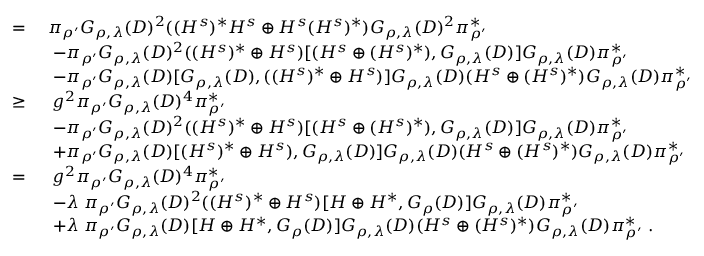
\begin{array} { r l } { \; = \; } & { \pi _ { \rho ^ { \prime } } G _ { \rho , \lambda } ( D ) ^ { 2 } ( ( H ^ { s } ) ^ { * } H ^ { s } \oplus H ^ { s } ( H ^ { s } ) ^ { * } ) G _ { \rho , \lambda } ( D ) ^ { 2 } \pi _ { \rho ^ { \prime } } ^ { * } } \\ & { \; - \pi _ { \rho ^ { \prime } } G _ { \rho , \lambda } ( D ) ^ { 2 } ( ( H ^ { s } ) ^ { * } \oplus H ^ { s } ) [ ( H ^ { s } \oplus ( H ^ { s } ) ^ { * } ) , G _ { \rho , \lambda } ( D ) ] G _ { \rho , \lambda } ( D ) \pi _ { \rho ^ { \prime } } ^ { * } } \\ & { \; - \pi _ { \rho ^ { \prime } } G _ { \rho , \lambda } ( D ) [ G _ { \rho , \lambda } ( D ) , ( ( H ^ { s } ) ^ { * } \oplus H ^ { s } ) ] G _ { \rho , \lambda } ( D ) ( H ^ { s } \oplus ( H ^ { s } ) ^ { * } ) G _ { \rho , \lambda } ( D ) \pi _ { \rho ^ { \prime } } ^ { * } } \\ { \geq \; } & { \; g ^ { 2 } \pi _ { \rho ^ { \prime } } G _ { \rho , \lambda } ( D ) ^ { 4 } \pi _ { \rho ^ { \prime } } ^ { * } } \\ & { \; - \pi _ { \rho ^ { \prime } } G _ { \rho , \lambda } ( D ) ^ { 2 } ( ( H ^ { s } ) ^ { * } \oplus H ^ { s } ) [ ( H ^ { s } \oplus ( H ^ { s } ) ^ { * } ) , G _ { \rho , \lambda } ( D ) ] G _ { \rho , \lambda } ( D ) \pi _ { \rho ^ { \prime } } ^ { * } } \\ & { \; + \pi _ { \rho ^ { \prime } } G _ { \rho , \lambda } ( D ) [ ( H ^ { s } ) ^ { * } \oplus H ^ { s } ) , G _ { \rho , \lambda } ( D ) ] G _ { \rho , \lambda } ( D ) ( H ^ { s } \oplus ( H ^ { s } ) ^ { * } ) G _ { \rho , \lambda } ( D ) \pi _ { \rho ^ { \prime } } ^ { * } } \\ { = \; } & { \; g ^ { 2 } \pi _ { \rho ^ { \prime } } G _ { \rho , \lambda } ( D ) ^ { 4 } \pi _ { \rho ^ { \prime } } ^ { * } } \\ & { \; - \lambda \; \pi _ { \rho ^ { \prime } } G _ { \rho , \lambda } ( D ) ^ { 2 } ( ( H ^ { s } ) ^ { * } \oplus H ^ { s } ) [ H \oplus H ^ { * } , G _ { \rho } ( D ) ] G _ { \rho , \lambda } ( D ) \pi _ { \rho ^ { \prime } } ^ { * } } \\ & { \; + \lambda \; \pi _ { \rho ^ { \prime } } G _ { \rho , \lambda } ( D ) [ H \oplus H ^ { * } , G _ { \rho } ( D ) ] G _ { \rho , \lambda } ( D ) ( H ^ { s } \oplus ( H ^ { s } ) ^ { * } ) G _ { \rho , \lambda } ( D ) \pi _ { \rho ^ { \prime } } ^ { * } \; . } \end{array}